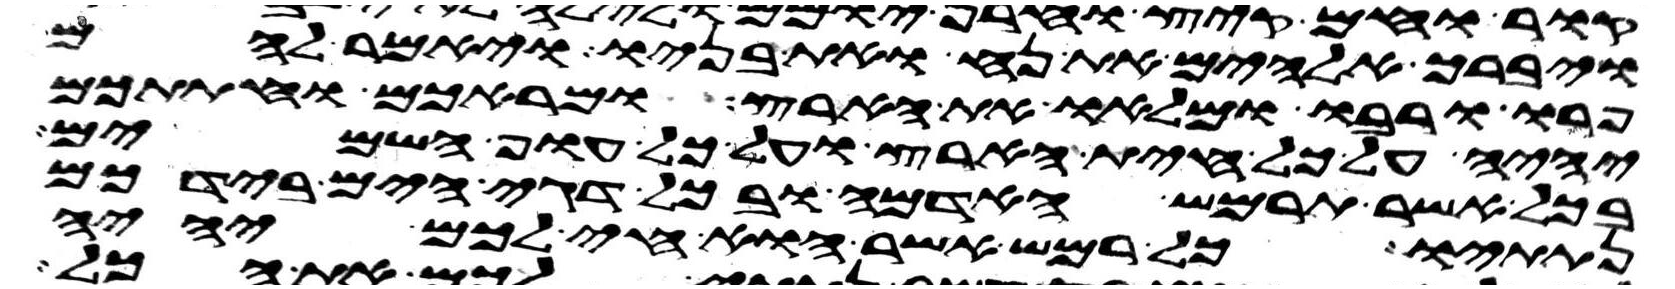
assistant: ויברך אלהים את נח ואת בניו ויאמר להם
פרו ורבו ומלאו את הארץ ומראכם וחתתכם
יהיה על כל חית הארץ ועל כל עוף השמים
ובכל אשר תרמש האדמה ובכל דגי הים בידכם
נתתיו כל רמש אשר הוא חי לכם יהיה